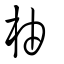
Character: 柚